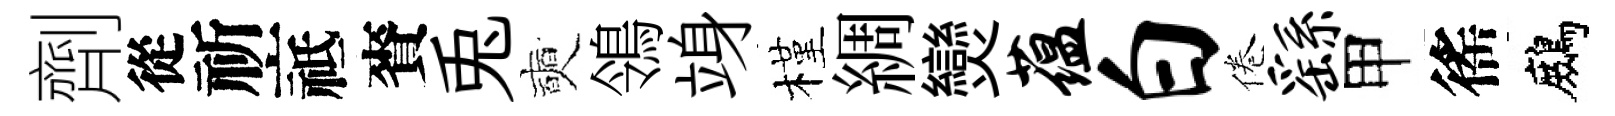
劑從祈祗賚兎奭鴒竧槿綢𤓖蕴白倦繇甲徭鷓